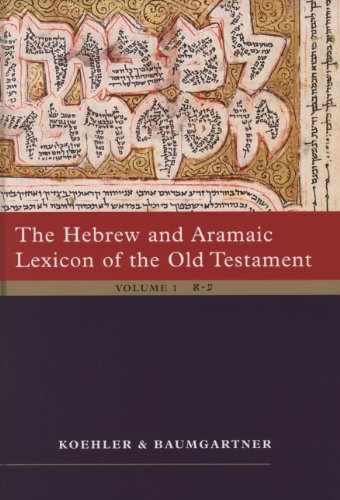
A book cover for The Hebrew and Aramaic Lexicon of the Old Testament, 2 volume set; Ludwig Kohler; Christian Books & Bibles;